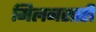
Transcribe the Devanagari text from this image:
मिलनसारी